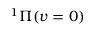
\ensuremath { { } ^ { 1 } \Pi } ( v = 0 )